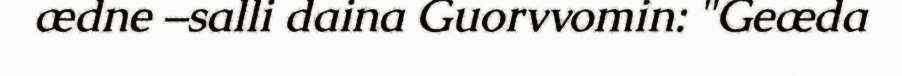
ædne –salli daina Guorvvomin: "Geæda